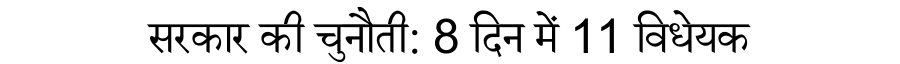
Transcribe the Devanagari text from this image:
सरकार की चुनौती: 8 दिन में 11 विधेयक